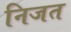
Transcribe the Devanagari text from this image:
निजत